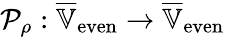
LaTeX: \mathcal{P}_{\rho}:\overline{{\mathbb{V}}}_{\mathrm{even}}\rightarrow\overline{{\mathbb{V}}}_{\mathrm{even}}